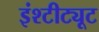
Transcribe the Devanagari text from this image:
इंश्टीट्यूट